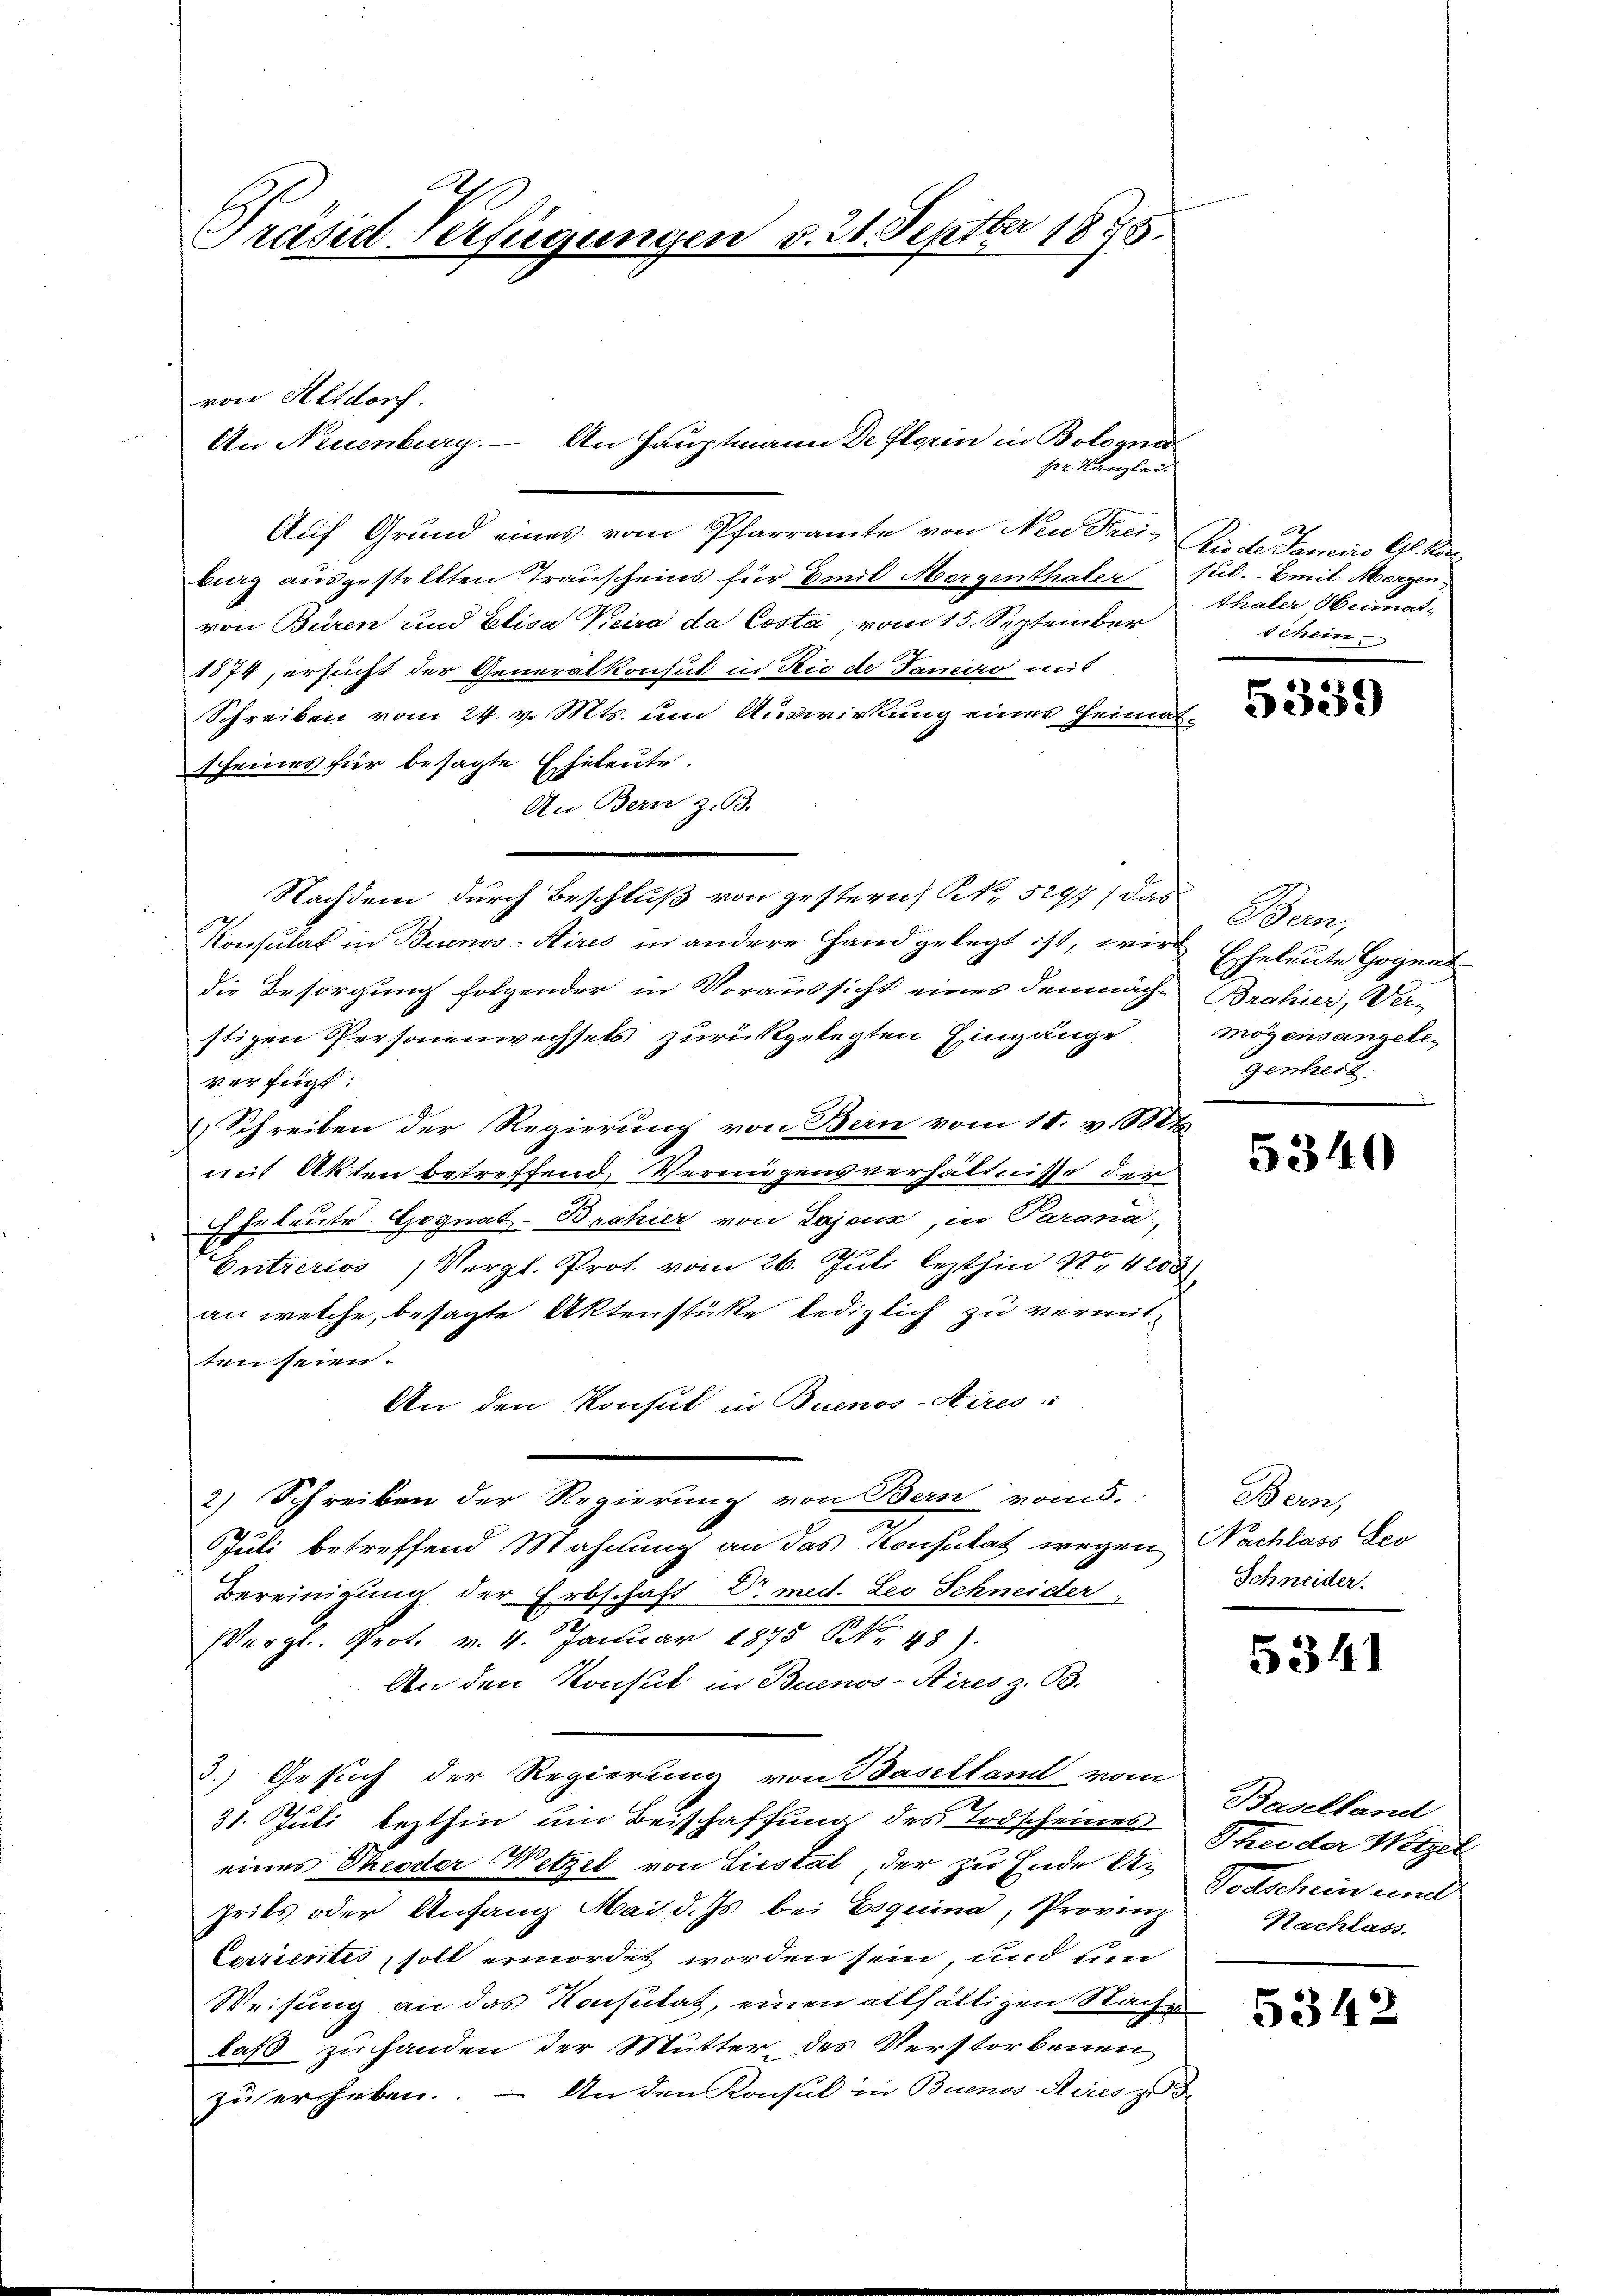
d
Präsidt-Verfügungen v. 21. Septber 1875.

Auf Grund eines vom Pfarramte von Neu Frei- Riede Semins Gl. Konbig ausgestellten Trauscheins für Emil Morgenthaler Jul. - Emil Morgen,
von Buren und Elisa Keira da Costa vom 15. September
1874, ersucht der Generalkonsul in Rio de Taniro mit
Schreiben vom 24. v. Mts. um Auswirkung eines Heimatscheines für besagte Eheleute.
An Bern z. 93.
Nachdem durch Beschluß von gestern N. 5297/ das
Konsulat in Buenos-Aires in andere Hand gelegt ist, wie Eheleute Gognat
die Besorgung folgender in Voraussicht eines demnach Brahier, Verstigen Personenwechsels zurückgelegten Eingänge
verfügt:
Schreiben der Regierung von Bern vom 11. v. Mts.
mit Akten betreffend, Vermögensverhältnisse der
 Erleute Gognat-Brahier von Lajoux, in Parana,
Entreriss, Vergl. Prot. vom 26. Juli lezthin Nr. 4203
an welche, besagte Aktenstüke lediglich zu vermitten seien.
An den Konsul in Buenos Aires
2) Schreiben der Regierung von Bern vom.
Juli betreffend Mahnung an das Konsulat wegen, Nachlass Leo
Bereinigung der Erbschaft Dr. med. Les Schneider
Vergl. Prot. v. 4. Januar 1875 No 48).
An den Konsul in Buenos-Aires z. B.
3.) Gesuch der Regierung von Baselland vom
31. Juli lezthin um Beischaffung des Todscheines Theider Wetzik
eines Theoder Wetzel von Liestät, der zu Ende A-
prits oder Anfang Mai d. Js. bei Esquina, Provinz
Carrientis soll ermordet worden sein, und un
Weisung an das Konsulat, einen allfälligen Nachen
laß zu handen der Mutter des Verstorbenen
zu erheben. – An den Konsul in Buenos-Ayresp.

von Altdorf.
An Neuenburg. — An Hauptmann De Florin in Bologna

s 2. Kanzlei.

A
Thaler Heimat-
schein

5339

Bern,
mögensangelegenheit.

5340

Bern,
Schneider.

5341

Baselland
Todschein und
Nachlass

5342